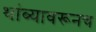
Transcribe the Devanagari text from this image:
थांब्यावरूनच